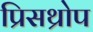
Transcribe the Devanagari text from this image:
प्रिसथ्रोप